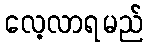
လေ့လာရမည်